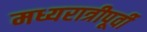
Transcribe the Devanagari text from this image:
मध्यरात्रीपूर्वी